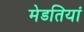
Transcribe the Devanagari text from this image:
मेडतियां